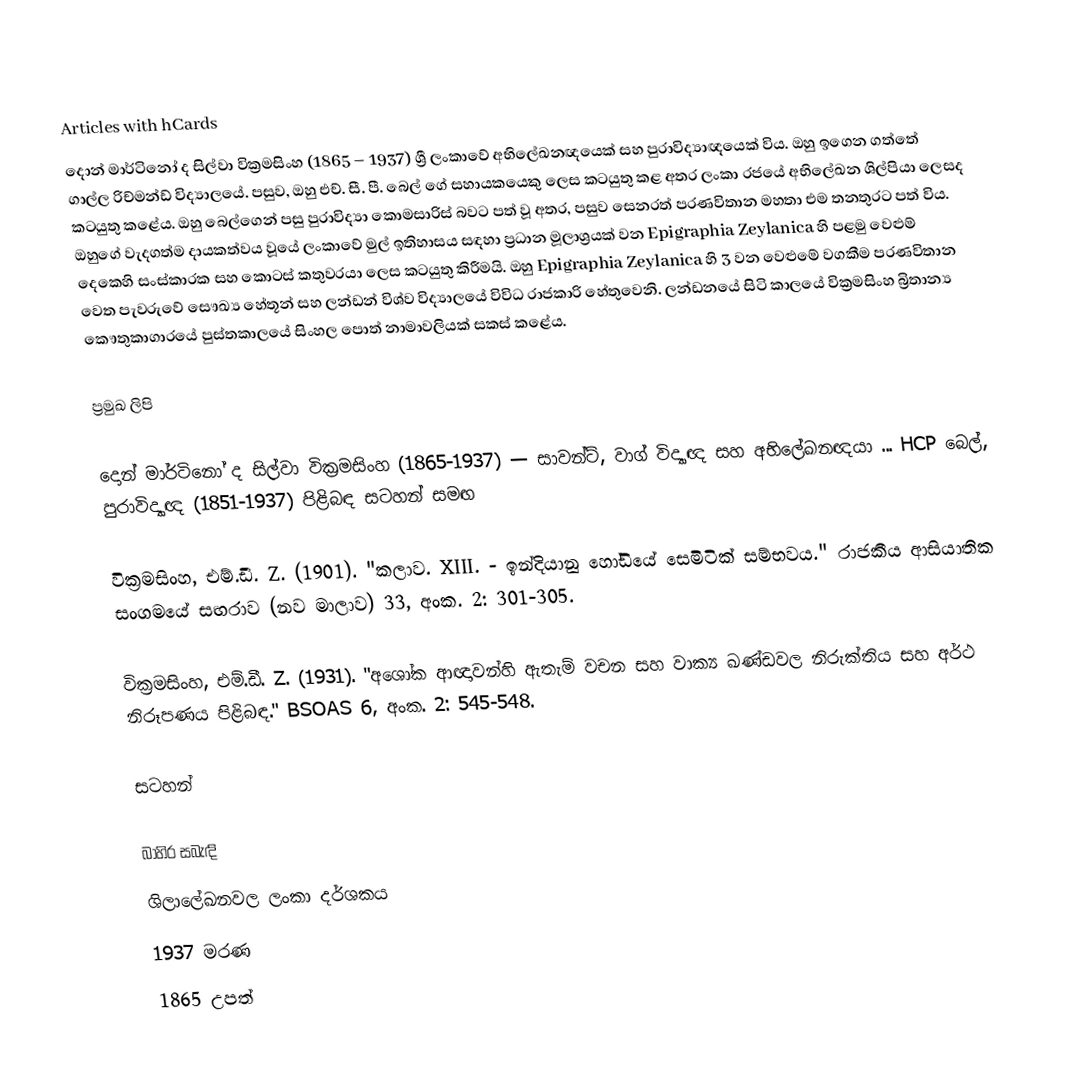
Articles with hCards
දොන් මාර්ටිනෝ ද සිල්වා වික්‍රමසිංහ (1865 – 1937) ශ්‍රී ලංකාවේ අභිලේඛනඥයෙක් සහ පුරාවිද්‍යාඥයෙක් විය. ඔහු ඉගෙන ගත්තේ ගාල්ල රිච්මන්ඩ් විද්‍යාලයේ. පසුව, ඔහු එච්. සී. පී. බෙල් ගේ සහායකයෙකු ලෙස කටයුතු කළ අතර ලංකා රජයේ අභිලේඛන ශිල්පියා ලෙසද කටයුතු කළේය. ඔහු බෙල්ගෙන් පසු පුරාවිද්‍යා කොමසාරිස් බවට පත් වූ අතර, පසුව සෙනරත් පරණවිතාන මහතා එම තනතුරට පත් විය. ඔහුගේ වැදගත්ම දායකත්වය වූයේ ලංකාවේ මුල් ඉතිහාසය සඳහා ප්‍රධාන මූලාශ්‍රයක් වන Epigraphia Zeylanica හි පළමු වෙළුම් දෙකෙහි සංස්කාරක සහ කොටස් කතුවරයා ලෙස කටයුතු කිරීමයි. ඔහු Epigraphia Zeylanica හි 3 වන වෙළුමේ වගකීම පරණවිතාන වෙත පැවරුවේ සෞඛ්‍ය හේතූන් සහ ලන්ඩන් විශ්ව විද්‍යාලයේ විවිධ රාජකාරි හේතුවෙනි. ලන්ඩනයේ සිටි කාලයේ වික්‍රමසිංහ බ්‍රිතාන්‍ය කෞතුකාගාරයේ පුස්තකාලයේ සිංහල පොත් නාමාවලියක් සකස් කළේය.

ප්‍රමුඛ ලිපි

 දොන් මාර්ටිනෝ ද සිල්වා වික්‍රමසිංහ (1865-1937) — සාවන්ට්, වාග් විද්‍යාඥ සහ අභිලේඛනඥයා ... HCP බෙල්, පුරාවිද්‍යාඥ (1851-1937) පිළිබඳ සටහන් සමඟ

 වික්‍රමසිංහ, එම්.ඩී. Z. (1901). "කලාව. XIII. - ඉන්දියානු හෝඩියේ සෙමිටික් සම්භවය." රාජකීය ආසියාතික සංගමයේ සඟරාව (නව මාලාව) 33, අංක. 2: 301-305.

 වික්‍රමසිංහ, එම්.ඩී. Z. (1931). "අශෝක ආඥාවන්හි ඇතැම් වචන සහ වාක්‍ය ඛණ්ඩවල නිරුක්තිය සහ අර්ථ නිරූපණය පිළිබඳ." BSOAS 6, අංක. 2: 545-548.

සටහන්

බාහිර සබැඳි
ශිලාලේඛනවල ලංකා දර්ශකය
1937 මරණ
1865 උපත්